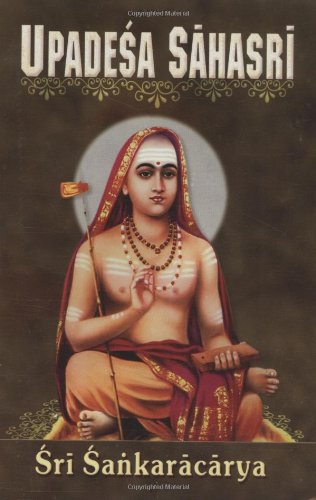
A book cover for Upadesa Sahasri: A Thousand Teachings; Shankara; Religion & Spirituality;